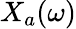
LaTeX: X_{a}(\omega)